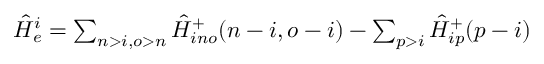
\begin{array} { r } { \hat { H } _ { e } ^ { i } = \sum _ { n > i , o > n } \hat { H } _ { i n o } ^ { + } ( n - i , o - i ) - \sum _ { p > i } \hat { H } _ { i p } ^ { + } ( p - i ) } \end{array}